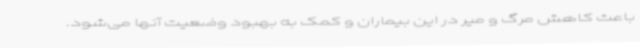
باعث کاهش مرگ و میر در این بیماران و کمک به بهبود وضعیت آنها می‌شود.